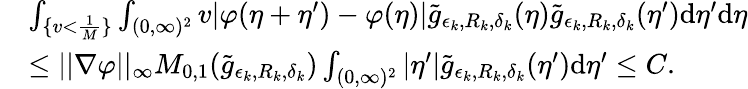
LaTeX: \begin{array}{rl}&{\int_{\{ v<\frac{1}{M}\} }\int_{(0,\infty)^{2}}v|\varphi(\eta+\eta^{\prime})-\varphi(\eta)|\tilde{g}_{\epsilon_{k},R_{k},\delta_{k}}(\eta)\tilde{g}_{\epsilon_{k},R_{k},\delta_{k}}(\eta^{\prime})\textup{d}\eta^{\prime}\textup{d}\eta}\\ &{\leq||\nabla{\varphi}||_{\infty}M_{0,1}(\tilde{g}_{\epsilon_{k},R_{k},\delta_{k}})\int_{(0,\infty)^{2}}|\eta^{\prime}|\tilde{g}_{\epsilon_{k},R_{k},\delta_{k}}(\eta^{\prime})\textup{d}\eta^{\prime}\leq C.}\end{array}